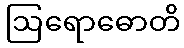
ဩရောဓောတိ